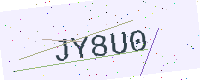
Text: JY8U0